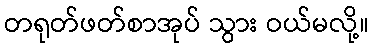
တရုတ်ဖတ်စာအုပ် သွား ဝယ်မလို့။